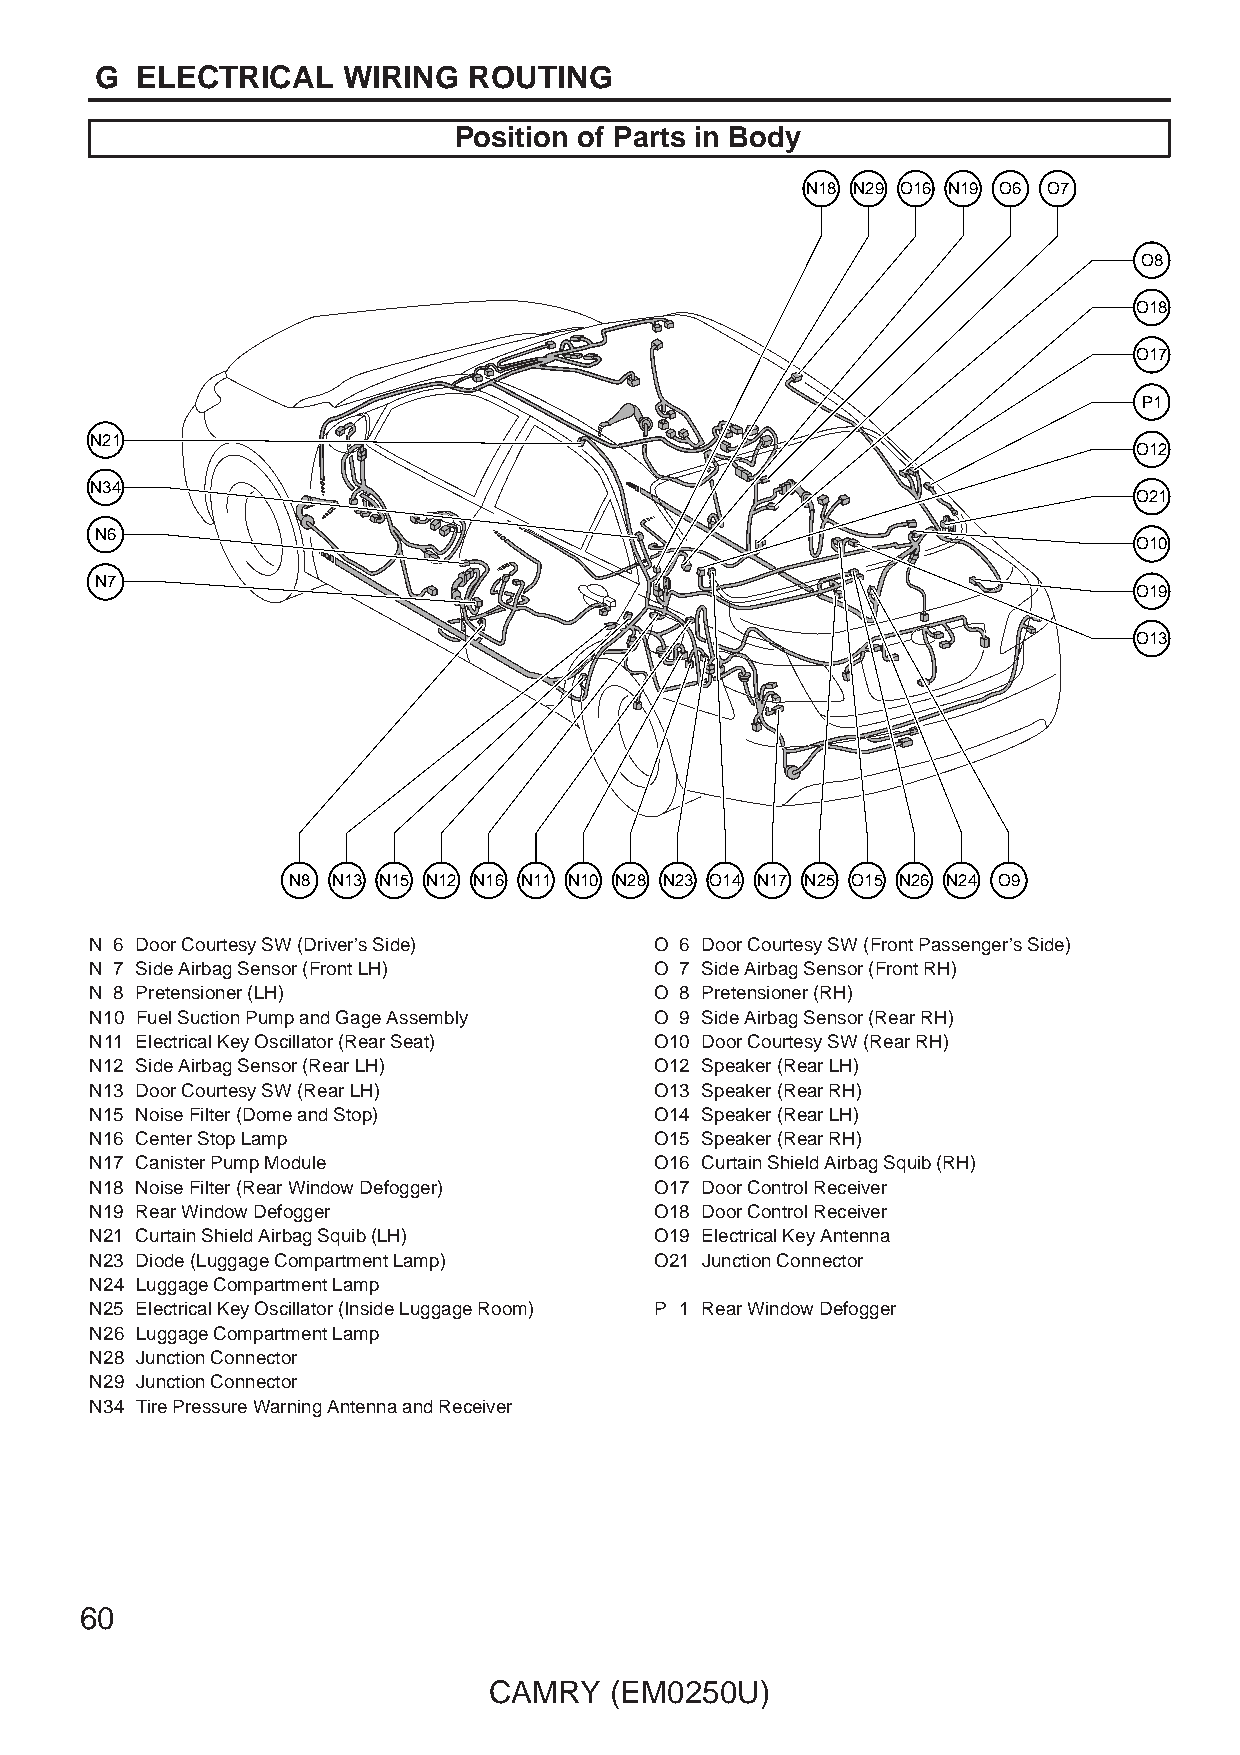
G  ELECTRICAL    WIRING  ROUTING
 Position of Parts in Body
 N18 N29 O16 N19 O6 O7
 O8
 O18
 O17
 P1
 N21
 O12
 N34
 O21
 N6
 O10
 N7
 O19
 O13
 N8 N13 N15 N12 N16 N11 N10 N28 N23 O14 N17 N25 O15 N26 N24 O9
 N 6 Door Courtesy SW (Driver’s Side) O 6 Door Courtesy SW (Front Passenger’s Side)
 N 7 Side Airbag Sensor (Front LH)    O 7 Side Airbag Sensor (Front RH)
 N 8 Pretensioner (LH)                O 8 Pretensioner (RH)
 N10 Fuel Suction Pump and Gage Assembly O 9 Side Airbag Sensor (Rear RH)
 N11 Electrical Key Oscillator (Rear Seat) O10 Door Courtesy SW (Rear RH)
 N12 Side Airbag Sensor (Rear LH)     O12 Speaker (Rear LH)
 N13 Door Courtesy SW (Rear LH)       O13 Speaker (Rear RH)
 N15 Noise Filter (Dome and Stop)     O14 Speaker (Rear LH)
 N16 Center Stop Lamp                 O15 Speaker (Rear RH)
 N17 Canister Pump Module             O16 Curtain Shield Airbag Squib (RH)
 N18 Noise Filter (Rear Window Defogger) O17 Door Control Receiver
 N19 Rear Window Defogger             O18 Door Control Receiver
 N21 Curtain Shield Airbag Squib (LH) O19 Electrical Key Antenna
 N23 Diode (Luggage Compartment Lamp) O21 Junction Connector
 N24 Luggage Compartment Lamp
 N25 Electrical Key Oscillator (Inside Luggage Room) P 1 Rear Window Defogger
 N26 Luggage Compartment Lamp
 N28 Junction Connector
 N29 Junction Connector
 N34 Tire Pressure Warning Antenna and Receiver
 60
 CAMRY   (EM0250U)